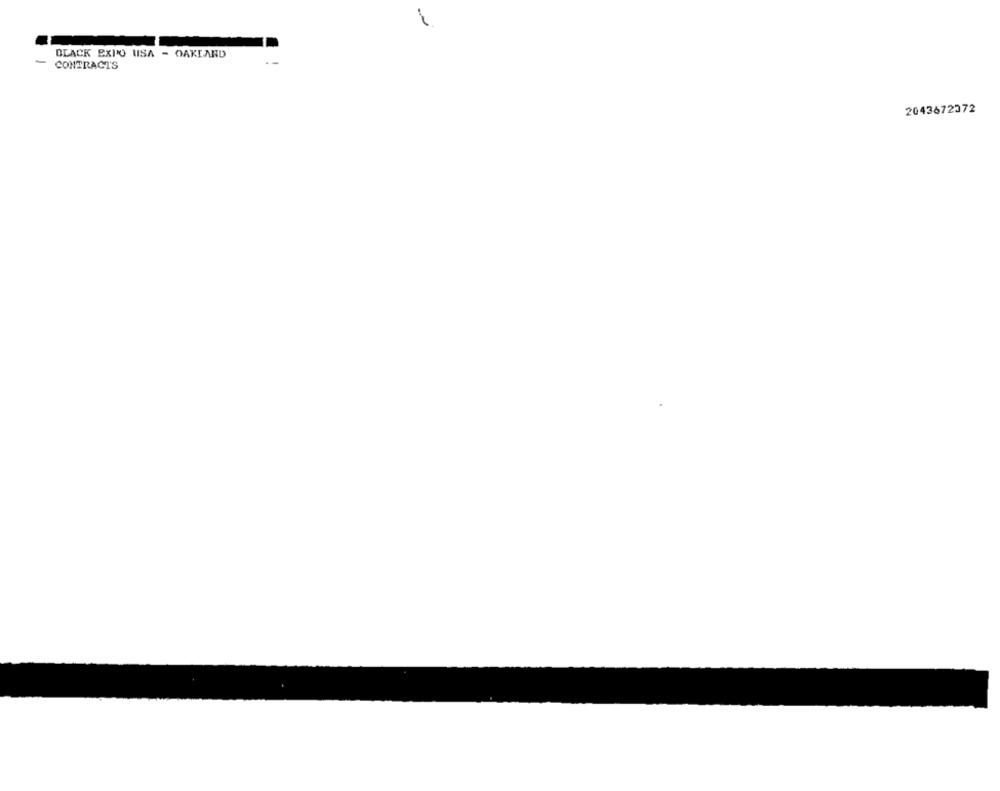
BLACK EXPO USA - OAKLAND
-
CONTRACTS
2043672372